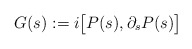
\begin{align*} G(s):= i \bigl[P(s),\partial_s P(s)\bigr]\end{align*}